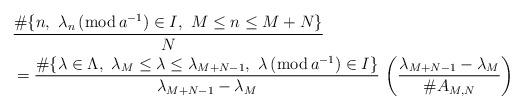
LaTeX: \begin{align*}&\frac{\#\{n,\,\,\lambda_n\,({\rm mod}\,a^{-1})\in I,\,\,M\le n\le M+N\}}{N}\\&=\frac{\#\{\lambda\in \Lambda,\,\,\lambda_M\le \lambda\le\lambda_{M+N-1},\,\,\lambda\,({\rm mod}\,a^{-1})\in I \}}{\lambda_{M+N-1}-\lambda_M}\,\left(\frac{\lambda_{M+N-1}-\lambda_M}{\#A_{M,N}}\right)\end{align*}